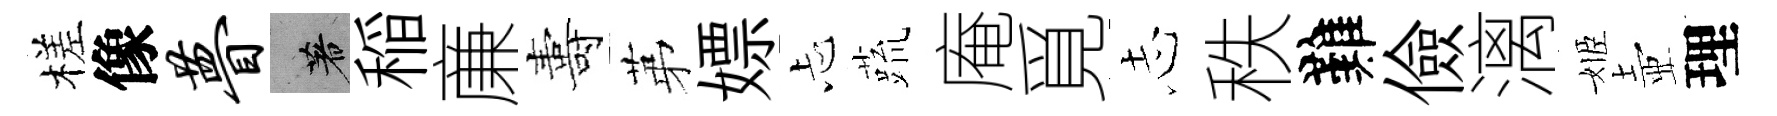
槎像瞢著稲亷夀苐嫖忐蔬庵覓𢖽秩難儉漓姬壺理